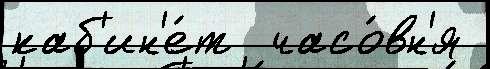
каб'ин'е́т  часо́вн'я